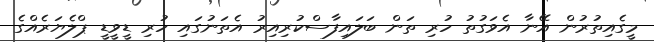
މީގެއިތުރުން އޭނާ އެވަގުތު ހުރި ތަން ބަލައިފާސްކުރިއިރު އެތަނުގައި ހުރި ޑީވީޑީ ޕްލެޔަރެއްގެ